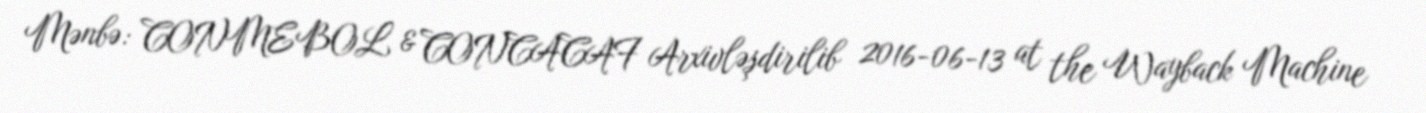
Mənbə: CONMEBOL & CONCACAF Arxivləşdirilib 2016-06-13 at the Wayback Machine